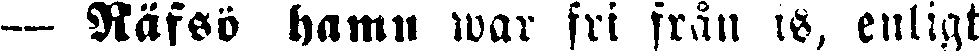
— Räfsö hamn war fri från is, enligt